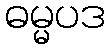
ဓမ္မပဒ